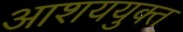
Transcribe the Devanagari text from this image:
आशययुक्‍त